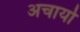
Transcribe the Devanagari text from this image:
अचार्यो